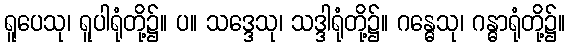
ရူပေသု၊ ရူပါရုံတို့၌။ ပ။ သဒ္ဒေသု၊ သဒ္ဒါရုံတို့၌။ ဂန္ဓေသု၊ ဂန္ဓာရုံတို့၌။